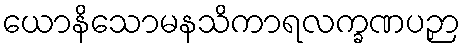
ယောနိသောမနသိကာရလက္ခဏပဉှာ